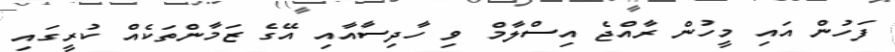
ފަހުން އައި މީހުން ރާއްޖެ އިސްލާމް ވި ހާދިސާއާއި އޭގެ ޒަމާންތަކެއް ކުރީގައި